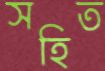
সহিত